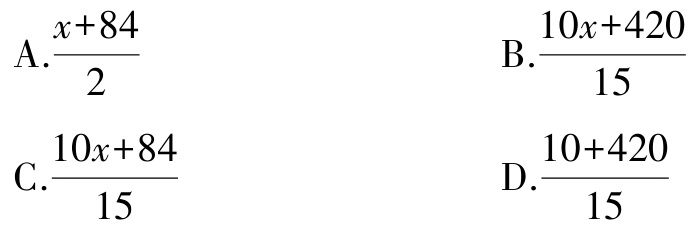
A.$\frac{x + 84}{2}$
B.$\frac{10x + 420}{15}$
C.$\frac{10x + 84}{15}$
D.$\frac{10 + 420}{15}$